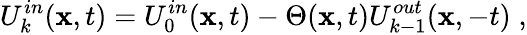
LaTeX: U_{k}^{in}(\textbf{x},t)=U_{0}^{in}(\textbf{x},t)-\Theta(\textbf{x},t)U_{k-1}^{out}(\textbf{x},-t)\; ,